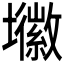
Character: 𭐈